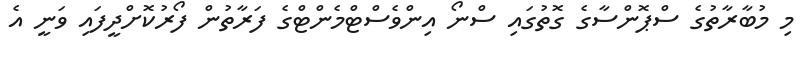
މި މުބާރާތުގެ ސްޕޮންސާގެ ގޮތުގައި ސްނޯ އިންވެސްޓްމެންޓްގެ ފަރާތުން ފޯރުކޮށްދީފައި ވަނީ އެ